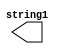
`timescale 1ns / 1ps
//////////////////////////////////////////////////////////////////////////////////
// Company: 
// Engineer: 
// 
// Design Name: 
// Module Name: Keccak_absorb
// Project Name: 
// Target Devices: 
// Tool Versions: 
// Description: 
// 
// Dependencies: 
// 
// Revision:
// Revision 0.01 - File Created
// Additional Comments:
// 
//////////////////////////////////////////////////////////////////////////////////


module Keccak_absorb(string1
    );
    output string1;
reg [63:0]a00=0,a01=0,a02=0,a03=0,a04=0;
reg [63:0]a10=0,a11=0,a12=0,a13=0,a14=0;
reg [63:0]a20=0,a21=0,a22=0,a23=0,a24=0;
reg [63:0]a30=0,a31=0,a32=0,a33=0,a34=0;
reg [63:0]a40=0,a41=0,a42=0,a43=0,a44=0;




endmodule